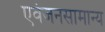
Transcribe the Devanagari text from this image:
एवंजनसामान्य